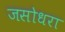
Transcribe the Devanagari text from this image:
जसोधरा